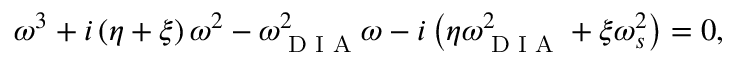
\omega ^ { 3 } + i \left( \eta + \xi \right) \omega ^ { 2 } - \omega _ { \textrm { D I A } } ^ { 2 } \omega - i \left( \eta \omega _ { \textrm { D I A } } ^ { 2 } + \xi \omega _ { s } ^ { 2 } \right) = 0 ,